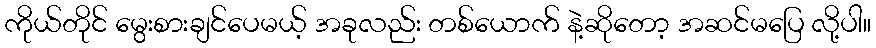
ကိုယ်တိုင် မွေးစားချင်ပေမယ့် အခုလည်း တစ်ယောက် နဲ့ဆိုတော့ အဆင်မပြေ လို့ပါ။